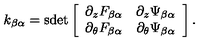
k _ { \beta \alpha } = \mathrm { s d e t } \left[ \begin{array} { c c } { \partial _ { z } F _ { \beta \alpha } } & { \partial _ { z } \Psi _ { \beta \alpha } } \\ { \partial _ { \theta } F _ { \beta \alpha } } & { \partial _ { \theta } \Psi _ { \beta \alpha } } \\ \end{array} \right] .